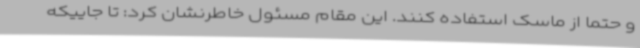
و حتما از ماسک استفاده کنند. این مقام مسئول خاطرنشان کرد: تا جاییکه